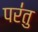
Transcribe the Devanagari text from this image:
पर॑तु